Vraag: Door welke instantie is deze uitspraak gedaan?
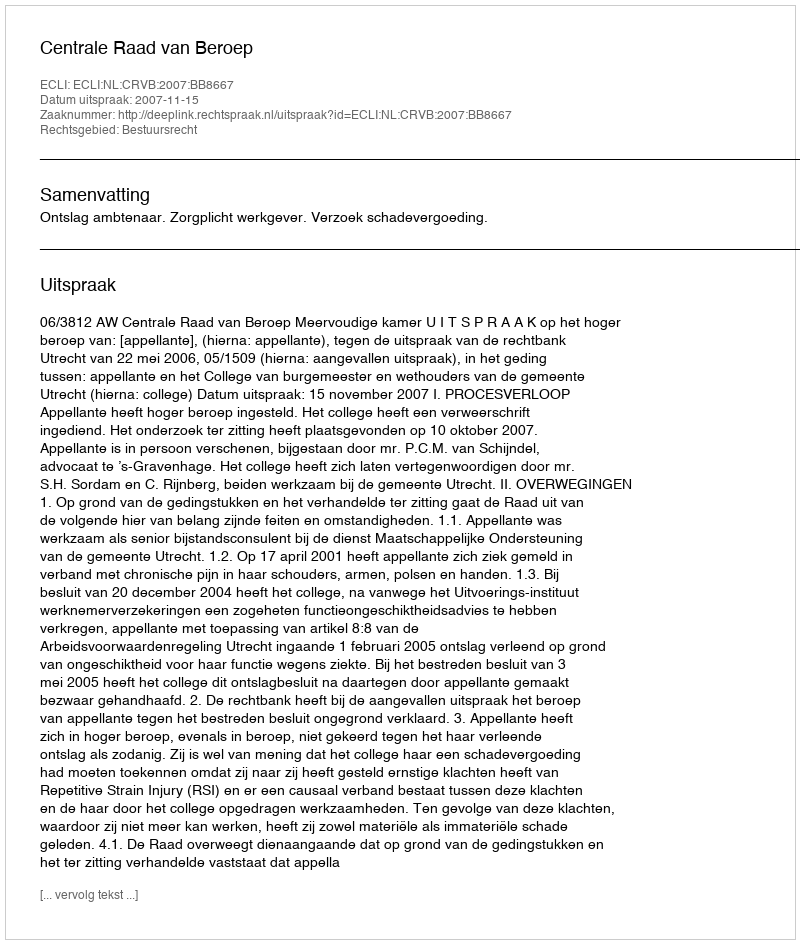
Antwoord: Centrale Raad van Beroep